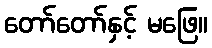
တော်တော်နှင့် မဖြေ။